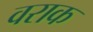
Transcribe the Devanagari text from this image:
वराक